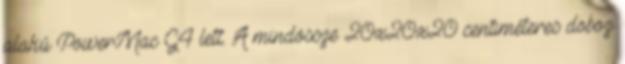
alakú PowerMac G4 lett. A mindössze 20x20x20 centiméteres doboz